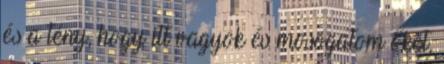
és a tény, hogy itt vagyok és mosogatom őket,